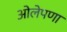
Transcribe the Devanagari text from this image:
ओलेपणा